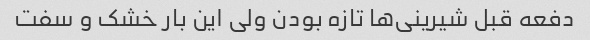
دفعه قبل شیرینی‌ها تازه بودن ولی این بار خشک و سفت